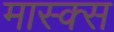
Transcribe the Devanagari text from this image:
मास्क्स